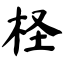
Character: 柽